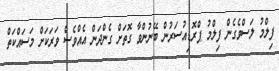
ފިލްމު ލަސްވެގެން ފިލްމު ޕްރޮޑިއުސަރުން ބޭނުންވާ ގޮތަށް ގެންދަން އެއްވެސް ވަރަކަށް މަސައްކަތް